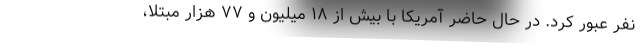
نفر عبور کرد. در حال حاضر آمریکا با بیش از ۱۸ میلیون و ۷۷ هزار مبتلا،